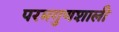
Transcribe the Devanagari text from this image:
परमगुणशाली